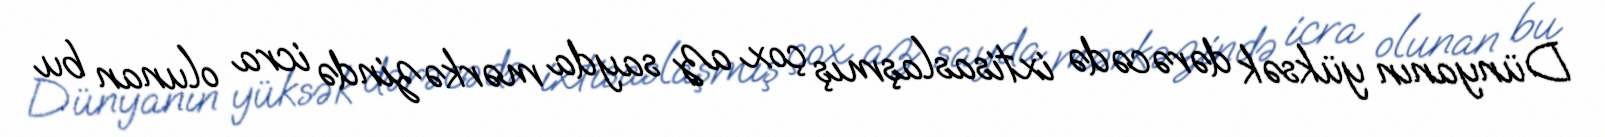
Dünyanın yüksək dərəcədə ixtisaslaşmış çox az sayda mərkəzində icra olunan bu